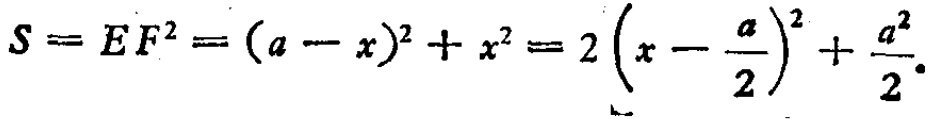
\(S = EF^{2}=(a - x)^{2}+x^{2}=2\left(x - \frac{a}{2}\right)^{2}+\frac{a^{2}}{2}.\)